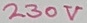
Text: 230V